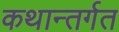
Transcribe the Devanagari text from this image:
कथान्तर्गत